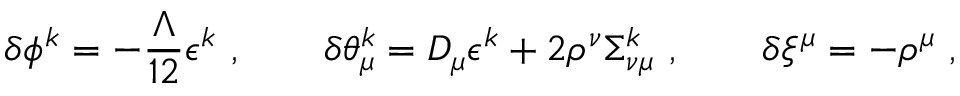
\delta \phi ^ { k } = - \frac { \Lambda } { 1 2 } \epsilon ^ { k } \ , \qquad \delta \theta _ { \mu } ^ { k } = D _ { \mu } \epsilon ^ { k } + 2 \rho ^ { \nu } \Sigma _ { \nu \mu } ^ { k } \ , \qquad \delta \xi ^ { \mu } = - \rho ^ { \mu } \ ,